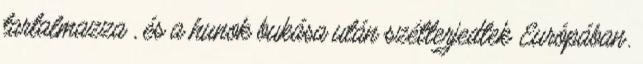
tartalmazza , és a hunok bukása után szétterjedtek Európában.